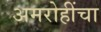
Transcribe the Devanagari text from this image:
अमरोहींचा